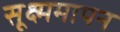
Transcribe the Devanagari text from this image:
सूक्ष्ममापन